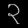
Digit: ၃